Vaccination report Assam 1874-1896 - 1874-1896
Year: 1874
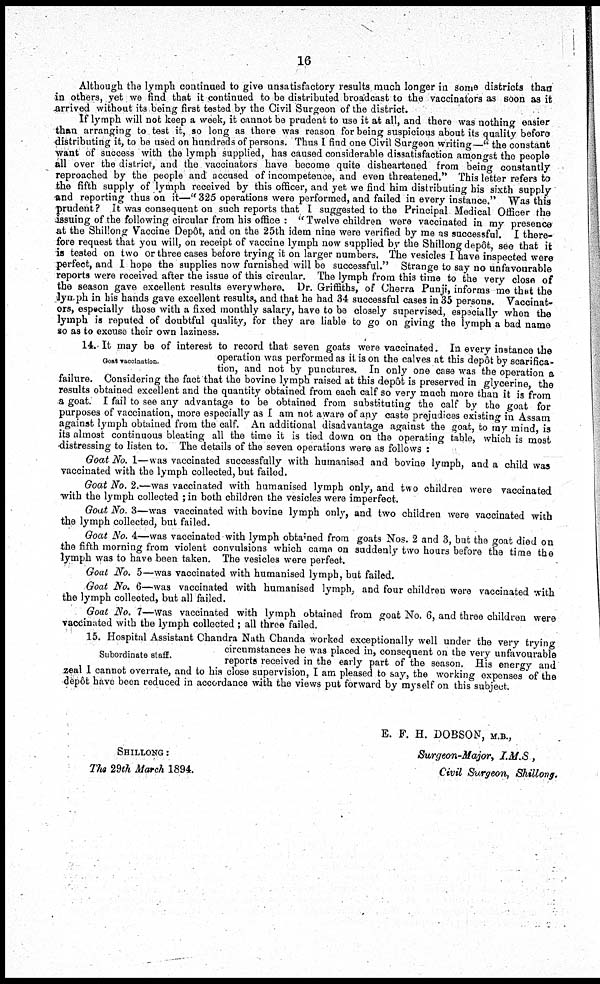
16
Although the lymph continued to give unsatisfactory results much longer in some districts than
in others, yet we find that it continued to be distributed broadcast to the vaccinators as soon as it
arrived without its being first tested by the Civil Surgeon of the district.
If lymph will not keep a week, it cannot be prudent to use it at all, and there was nothing easier
than arranging to test it, so long as there was reason for being suspicious about its quality before
distributing it, to be used on hundreds of persons. Thus I find one Civil Surgeon writing—" the constant
want of success with the lymph supplied, has caused considerable dissatisfaction amongst the people
all over the district, and the vaccinators have become quite disheartened from being constantly
reproached by the people and accused of incompetence, and even threatened." This letter refers to
the fifth supply of lymph received by this officer, and yet we find him distributing his sixth supply
and reporting thus on it—" 325 operations were performed, and failed in every instance." Was this
prudent ? It was consequent on such reports that I suggested to the Principal Medical Officer the
issuing of the following circular from his office : " Twelve children were vaccinated in my presence
at the Shillong Vaccine Dep6t, and on the 25th idem nine were verified by me as successful. I there-
fore request that you will, on receipt of vaccine lymph now supplied by the Shillong depôt, see that it
is tested on two or three cases before trying it on larger numbers. The vesicles I have inspected were
perfect, and I hope the supplies now furnished will be successful." Strange to say no unfavourable
reports were received after the issue of this circular. The lymph from this time to the very close of
the season gave excellent results everywhere. Dr. Griffiths, of Cherra Punji, informs me that the
lymph in his hands gave excellent results, and that he had 34 successful cases in 35 persons. Vaccinat-
ors, especially those with a fixed monthly salary, have to be closely supervised, especially when the
lymph is reputed of doubtful quality, for they are liable to go on giving the lymph a bad name
so as to excuse their own laziness.
Goat vaccination.
14. It may be of interest to record that seven goats were vaccinated. In every instance the
operation was performed as it is on the calves at this depôt by scarifica-
tion, and not by punctures. In only one case was the operation a
failure. Considering the fact that the bovine lymph raised at this depôt is preserved in glycerine, the
results obtained excellent and the quantity obtained from each calf so very much more than it is from
a goat. I fail to see any advantage to be obtained from substituting the calf by the goat for
purposes of vaccination, more especially as I am not aware of any caste prejudices existing in Assam
against lymph obtained from the calf. An additional disadvantage against the goat, to my mind, is
its almost continuous bleating all the time it is tied down on the operating table, which is most
distressing to listen to. The details of the seven operations were as follows :
Goat No. 1—was vaccinated successfully with humanised and bovine lymph, and a child was
vaccinated with the lymph collected, but failed.
Goat No. 2.—was vaccinated with humanised lymph only, and two children were vaccinated
with the lymph collected ;in both children the vesicles were imperfect.
Goat No. 3—was vaccinated with bovine lymph only, and two children were vaccinated with
the lymph collected, but failed.
Goat No. 4—was vaccinated with lymph obtained from goats Nos. 2 and 3, but the goat died on
the fifth morning from violent convulsions which came on suddenly two hours before the time the
lymph was to have been taken. The vesicles were perfect.
Goat No. 5—was vaccinated with humanised lymph, but failed.
Goat No. 6—was vaccinated with humanised lymph, and four children were vaccinated with
the lymph collected, but all failed.
Goat No. 7—was vaccinated with lymph obtained from goat No. 6, and three children were
vaccinated with the lymph collected ; all three failed.
Subordinate staff.
15. Hospital Assistant Chandra Nath Chanda worked exceptionally well under the very trying
circumstances he was placed in, consequent on the very unfavourable
reports received in the early part of the season. His energy and
zeal 1 cannot overrate, and to his close supervision, I am pleased to say, the working expenses of the
depôt have been reduced in accordance with the views put forward by myself on this subject.
SHILLONG :
The 29th March 1894.
E. F. H. DOBSON, M.B.,
Surgeon-Major, I.M.S,
Civil Surgeon, Shillong.